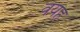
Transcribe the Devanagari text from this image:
वयह